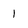
Character: 1